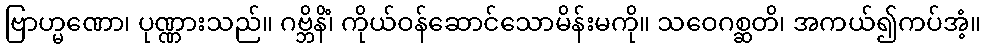
ဗြာဟ္မဏော၊ ပုဏ္ဏားသည်။ ဂဗ္ဘိနိံ၊ ကိုယ်ဝန်ဆောင်သောမိန်းမကို။ သဝေဂစ္ဆတိ၊ အကယ်၍ကပ်အံ့။